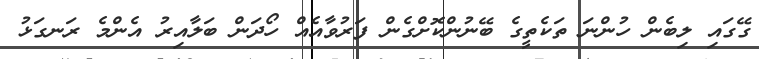
ގޭގައި ލިބެން ހުންނަ ތަކެތީގެ ބޭނުންކޮށްގެން ފަރުވާއެއް ހޯދަން ބަލާއިރު އެންމެ ރަނގަޅު